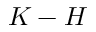
K - H